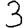
Digit: 3